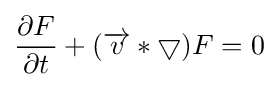
{\partial F \over \partial t}+({\overrightarrow {v}}*\bigtriangledown )F=0